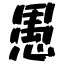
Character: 愚